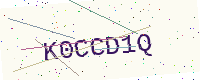
Text: K0CCD1Q